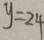
y = 2 4